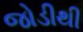
જોડીથી